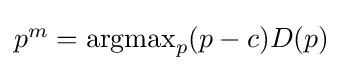
{\textstyle p^{m}=\operatorname {argmax} _{p}(p-c)D(p)}